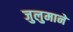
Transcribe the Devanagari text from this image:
जुलुमाने